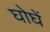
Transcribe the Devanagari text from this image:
घोघें